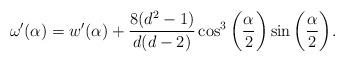
LaTeX: \begin{align*} \omega'(\alpha) = w'(\alpha) + \frac {8(d^2-1)}{d(d-2)} \cos^3\bigg(\frac {\alpha} {2} \bigg) \sin\bigg(\frac {\alpha} {2} \bigg).\end{align*}